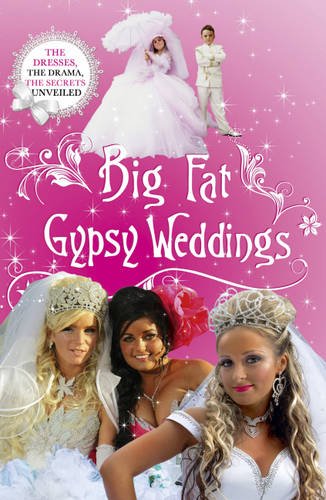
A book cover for Big Fat Gypsy Weddings: The Dresses, the Drama, the Secrets Unveiled; Jim Nally; Crafts, Hobbies & Home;